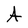
Character: A